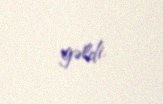
gəldi.